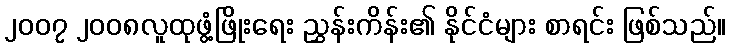
၂၀၀၇ ၂၀၀၈လူထုဖွံ့ဖြိုးရေး ညွှန်းကိန်း၏ နိုင်ငံများ စာရင်း ဖြစ်သည်။